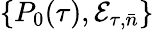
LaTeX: \{ P_{0}(\tau),\mathcal{E}_{\tau,\bar{n}}\}